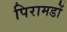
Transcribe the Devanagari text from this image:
पिरामडों